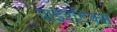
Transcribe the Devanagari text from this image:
पाईरेटिक्स